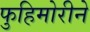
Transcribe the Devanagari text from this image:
फुहिमोरीने